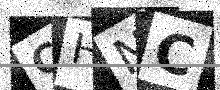
Text: CHNC